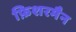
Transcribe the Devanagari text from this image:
फ़िशरमैन